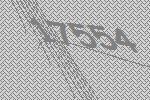
17554